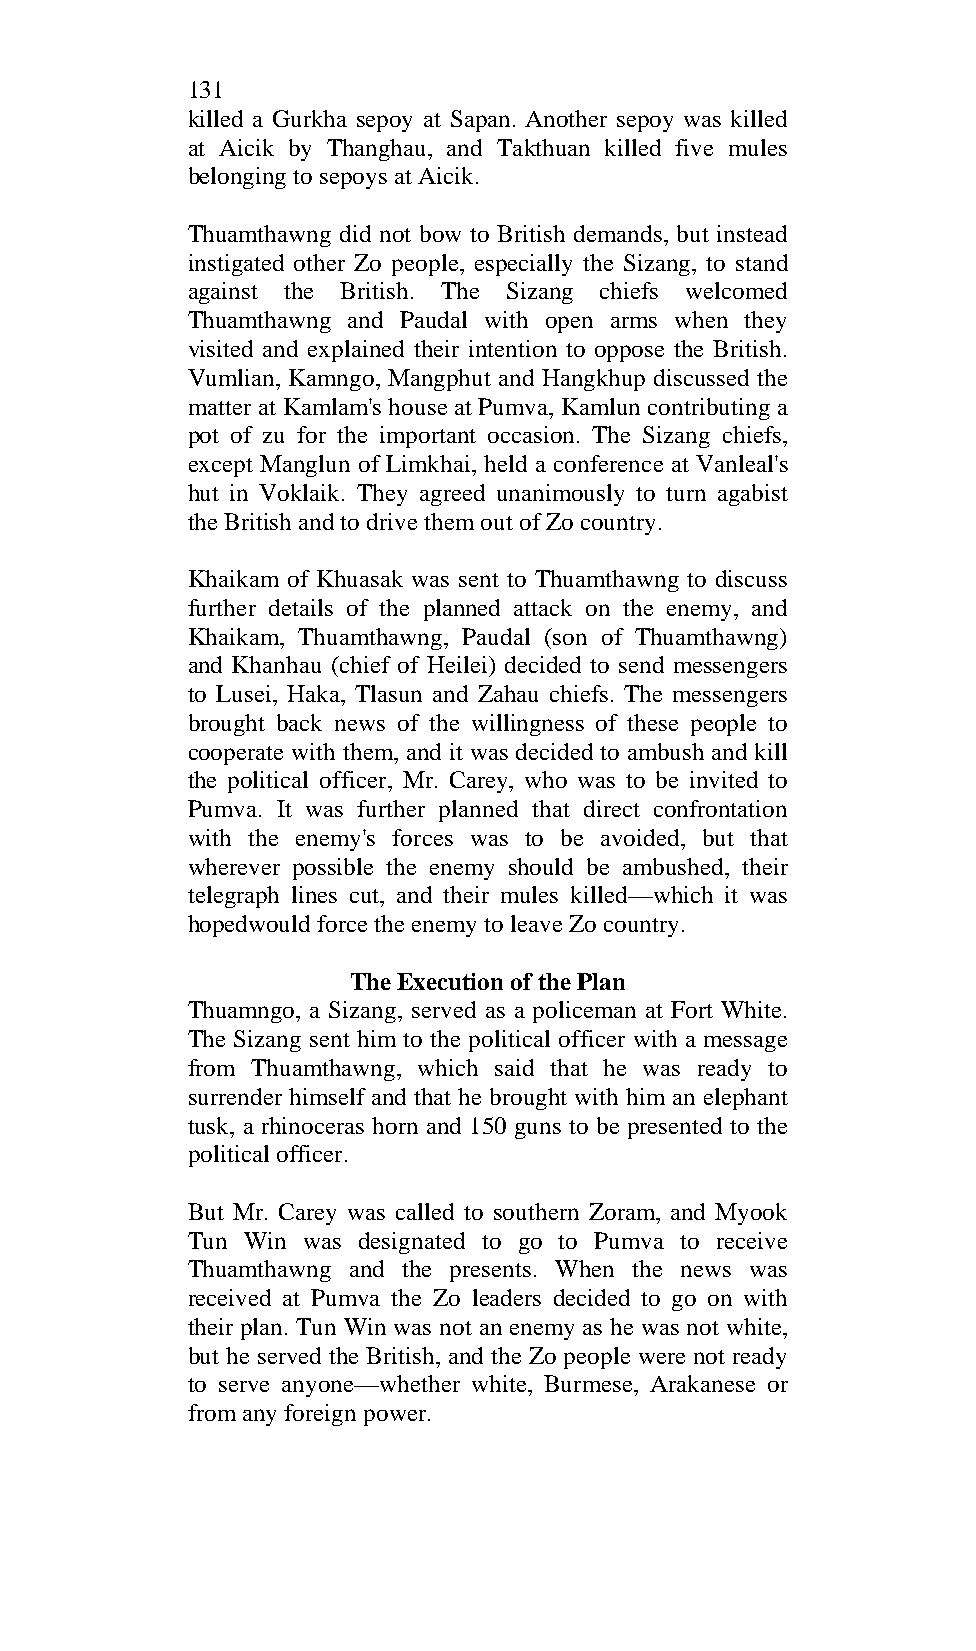
131
 killed a Gurkha sepoy at Sapan. Another sepoy was killed
 at Aicik by Thanghau, and Takthuan killed five mules
 belonging to sepoys at Aicik.
 Thuamthawng did not bow to British demands, but instead
 instigated other Zo people, especially the Sizang, to stand
 against the British. The Sizang chiefs welcomed
 Thuamthawng and Paudal with open arms when they
 visited and explained their intention to oppose the British.
 Vumlian, Kamngo, Mangphut and Hangkhup discussed the
 matter at Kamlam's house at Pumva, Kamlun contributing a
 pot of zu for the important occasion. The Sizang chiefs,
 except Manglun of Limkhai, held a conference at Vanleal's
 hut in Voklaik. They agreed unanimously to turn agabist
 the British and to drive them out of Zo country.
 Khaikam of Khuasak was sent to Thuamthawng to discuss
 further details of the planned attack on the enemy, and
 Khaikam, Thuamthawng, Paudal (son of Thuamthawng)
 and Khanhau (chief of Heilei) decided to send messengers
 to Lusei, Haka, Tlasun and Zahau chiefs. The messengers
 brought back news of the willingness of these people to
 cooperate with them, and it was decided to ambush and kill
 the political officer, Mr. Carey, who was to be invited to
 Pumva. It was further planned that direct confrontation
 with the enemy's forces was to be avoided, but that
 wherever possible the enemy should be ambushed, their
 telegraph lines cut, and their mules killed—which it was
 hopedwould force the enemy to leave Zo country.
 The Execution of the Plan
 Thuamngo, a Sizang, served as a policeman at Fort White.
 The Sizang sent him to the political officer with a message
 from Thuamthawng, which said that he was ready to
 surrender himself and that he brought with him an elephant
 tusk, a rhinoceras horn and 150 guns to be presented to the
 political officer.
 But Mr. Carey was called to southern Zoram, and Myook
 Tun Win was designated to go to Pumva to receive
 Thuamthawng and the presents. When the news was
 received at Pumva the Zo leaders decided to go on with
 their plan. Tun Win was not an enemy as he was not white,
 but he served the British, and the Zo people were not ready
 to serve anyone—whether white, Burmese, Arakanese or
 from any foreign power.